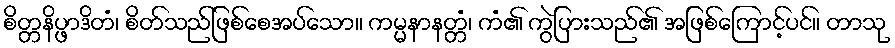
စိတ္တနိပ္ဖာဒိတံ၊ စိတ်သည်ဖြစ်စေအပ်သော။ ကမ္မနာနတ္တံ၊ ကံ၏ ကွဲပြားသည်၏ အဖြစ်ကြောင့်ပင်။ တာသု